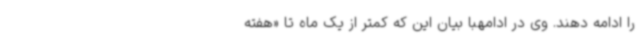
را ادامه دهند. وی در ادامهبا بیان این که کمتر از یک ماه تا «هفته